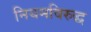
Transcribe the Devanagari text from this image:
नियमविरुद्ध